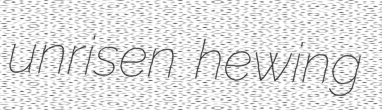
unrisen hewing